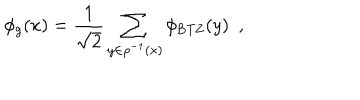
LaTeX: \phi _ { g } ( x ) = { \frac { 1 } { \sqrt { 2 } } } \sum _ { y \in \rho ^ { - 1 } ( x ) } \phi _ { \mathrm { { B T Z } } } ( y ) \ \ ,